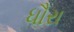
ધૌરા